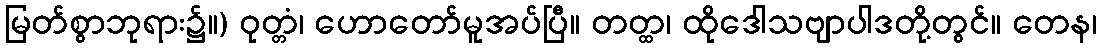
မြတ်စွာဘုရား၌။) ဝုတ္တံ၊ ဟောတော်မူအပ်ပြီ။ တတ္ထ၊ ထိုဒေါသဗျာပါဒတို့တွင်။ တေန၊